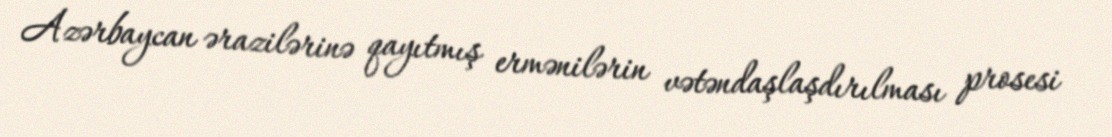
Azərbaycan ərazilərinə qayıtmış ermənilərin vətəndaşlaşdırılması prosesi